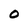
Character: 0